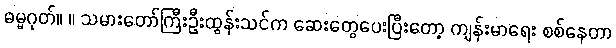
ဓမ္မဂုတ်။ ။ သမားတော်ကြီးဦးထွန်းသင်က ဆေးတွေပေးပြီးတော့ ကျန်းမာရေး စစ်နေတာ